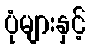
ပုံများနှင့်